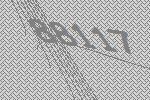
88117